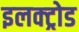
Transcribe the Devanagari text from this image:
इलक्ट्रोड